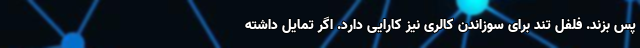
پس بزند. فلفل تند برای سوزاندن کالری نیز کارایی دارد. اگر تمایل داشته